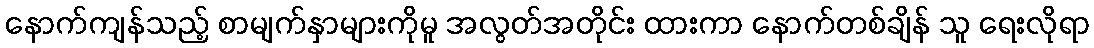
နောက်ကျန်သည့် စာမျက်နှာများကိုမူ အလွတ်အတိုင်း ထားကာ နောက်တစ်ချိန် သူ ရေးလိုရာ